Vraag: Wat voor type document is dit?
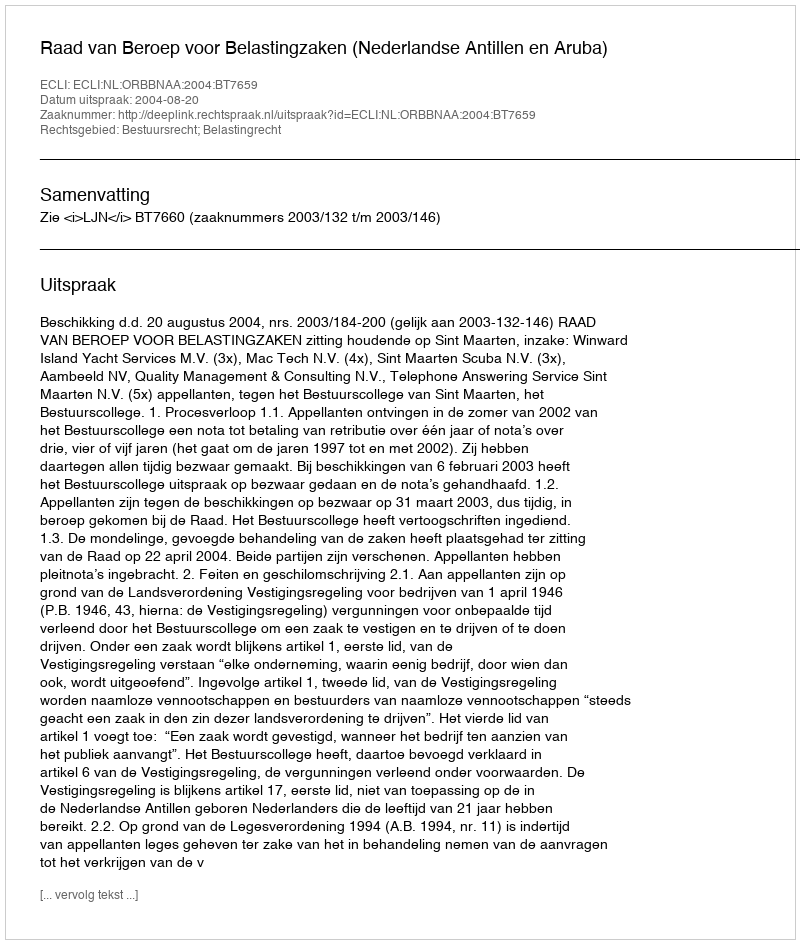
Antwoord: Uitspraak